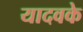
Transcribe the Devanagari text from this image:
यादवके